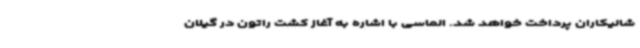
شالیکاران پرداخت خواهد شد. الماسی با اشاره به آغاز کشت راتون در گیلان